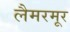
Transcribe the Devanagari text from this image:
लैमरमूर